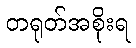
တရုတ်အစိုးရ